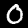
Digit: 0